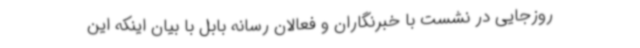
روزجایی در نشست با خبرنگاران و فعالان رسانه بابل با بیان اینکه این